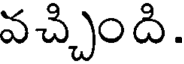
వచ్చింది.